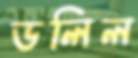
ডলিল